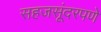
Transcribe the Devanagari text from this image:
सहजसूंदरपणे